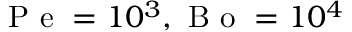
\mathrm { ~ P ~ e ~ } = 1 0 ^ { 3 } , \mathrm { ~ B ~ o ~ } = 1 0 ^ { 4 }